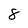
Character: 8